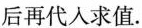
后再代入求值.